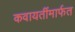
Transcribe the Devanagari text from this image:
कवायतींमार्फत